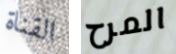
القناة المرح